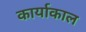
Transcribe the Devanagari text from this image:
कार्याकाल